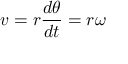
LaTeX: v = r { \frac { d \theta } { d t } } = r \omega